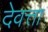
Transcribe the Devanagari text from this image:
देवत्ता